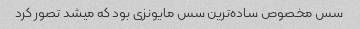
سس مخصوص ساده‌ترین سس مایونزی بود که میشد تصور کرد